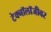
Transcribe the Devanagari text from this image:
टेक्नॉलॉजीवर